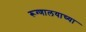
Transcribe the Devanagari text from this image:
रूग्णालयाच्या